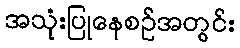
အသုံးပြုနေစဉ်အတွင်း